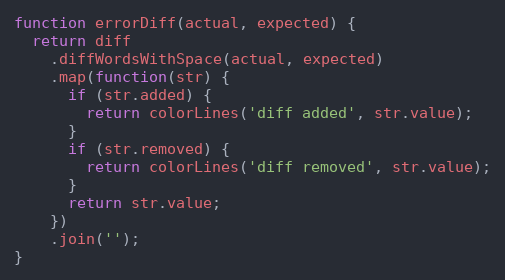
Language: JavaScript
function errorDiff(actual, expected) {
  return diff
    .diffWordsWithSpace(actual, expected)
    .map(function(str) {
      if (str.added) {
        return colorLines('diff added', str.value);
      }
      if (str.removed) {
        return colorLines('diff removed', str.value);
      }
      return str.value;
    })
    .join('');
}